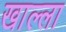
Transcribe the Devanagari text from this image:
खाल्‍ला